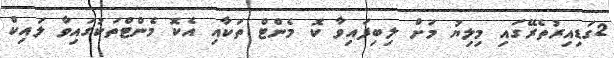
2ގަޑިއިރުތެރޭގައި މިލިޔު މަށް ލިބިފައިވާ ކޮ މެންޓް ތަކާއި އެކޮ މެންޓްތަކުގައިވާ ލައިކް